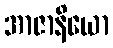
အာဇာနိယော